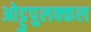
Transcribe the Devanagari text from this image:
ओट्टुपुलक्कल